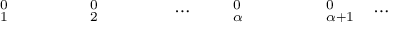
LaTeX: { \begin{array} { l l l l l l l l l } { \mathbf { \Delta } _ { 1 } ^ { 0 } } & { } & { } & { } & { \mathbf { \Delta } _ { 2 } ^ { 0 } } & { } & { } & { } & { \cdots } \end{array} } { \begin{array} { l l l l l l } { \quad \mathbf { \Delta } _ { \alpha } ^ { 0 } } & { } & { } & { } & { \mathbf { \Delta } _ { \alpha + 1 } ^ { 0 } } & { \cdots } \end{array} }